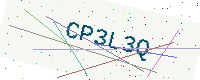
Text: CP3L3Q